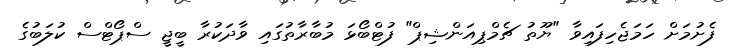
ފެށުމަށް ހަމަޖެހިފައިވާ "ޔޫތު ޗެމްޕިއަންޝިޕް" ފުޓްބޯޅަ މުބާރާތުގައި ވާދަކުރާ ބީޖީ ސްޕޯޓްސް ކުލަބުގެ